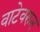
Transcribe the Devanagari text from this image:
वाटेवरुन